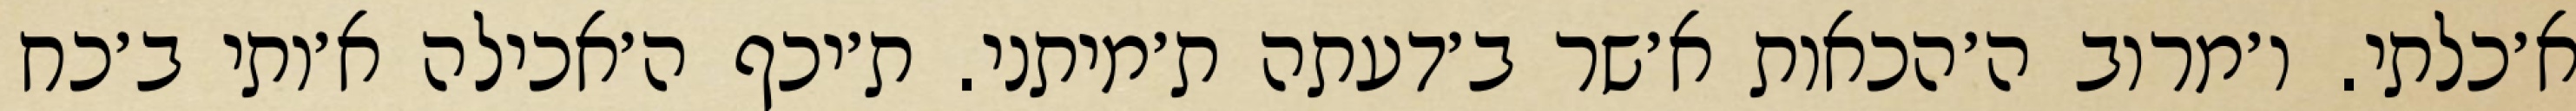
א׳כלתי. ו׳מרוב ה׳הכאות א׳שר ב׳דעתה ת׳מיתני. ת׳יכף ה׳אכילה א׳ותי ב׳כח